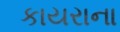
કાયરાના